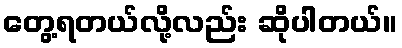
တွေ့ရတယ်လို့လည်း ဆိုပါတယ်။